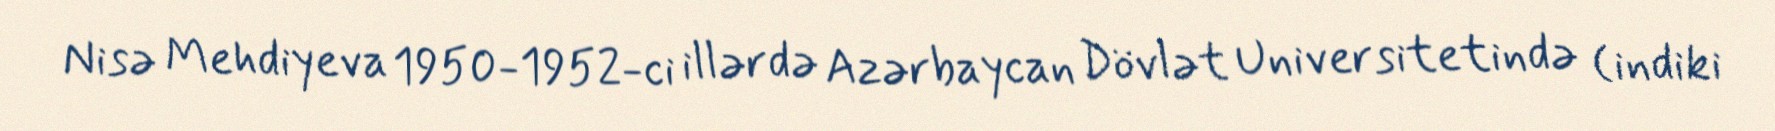
Nisə Mehdiyeva 1950-1952-ci illərdə Azərbaycan Dövlət Universitetində (indiki